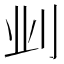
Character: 𫥺